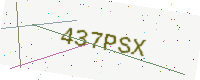
Text: 437PSX